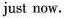
just now.